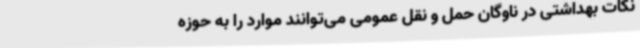
نکات بهداشتی در ناوگان حمل و نقل عمومی می‌توانند موارد را به حوزه